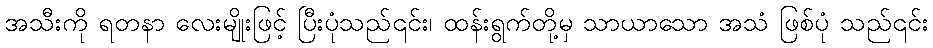
အသီးကို ရတနာ လေးမျိုးဖြင့် ပြီးပုံသည်၎င်း၊ ထန်းရွက်တို့မှ သာယာသော အသံ ဖြစ်ပုံ သည်၎င်း